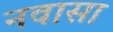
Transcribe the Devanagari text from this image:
नवासा